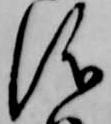
儀